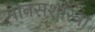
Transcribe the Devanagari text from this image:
मानसशास्त्रा